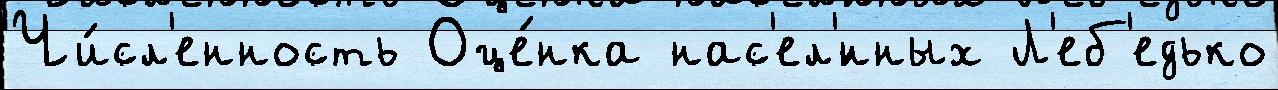
Чи́сл'енность Оце́нка нас'ел'́нных Л'еб'едько